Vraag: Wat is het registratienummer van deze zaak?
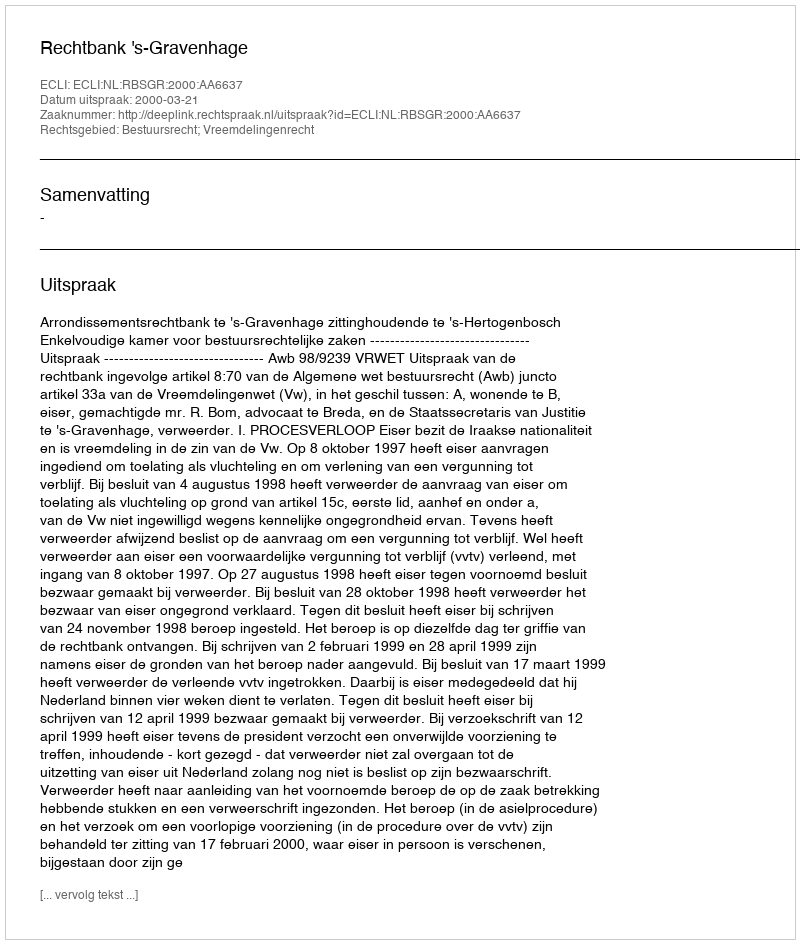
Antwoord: http://deeplink.rechtspraak.nl/uitspraak?id=ECLI:NL:RBSGR:2000:AA6637